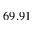
6 9 . 9 1